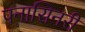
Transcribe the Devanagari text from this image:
पनासिनरी